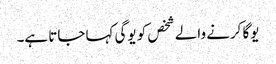
یوگا کرنے والے شخص کو یوگی کہا جاتا ہے۔